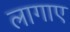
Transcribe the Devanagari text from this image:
लागाए